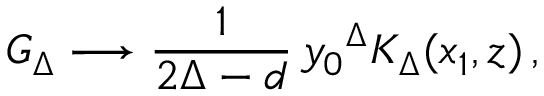
G _ { \Delta } \longrightarrow \frac { 1 } { 2 \Delta - d } \, { y _ { 0 } } ^ { \Delta } K _ { \Delta } ( x _ { 1 } , z ) \, ,